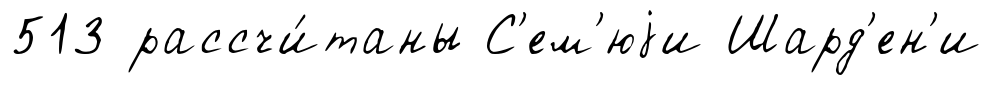
513 рассчи́таны С'ем'юjи Шард'ен'и